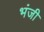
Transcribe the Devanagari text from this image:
भंजी